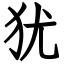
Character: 犹